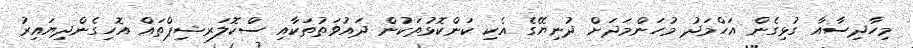
މިހާދިސާއާ ގުޅިގެން އަހްމަދު މުހަންމަދަށް ދުނިޔޭގެ އެކި ކަންކޮޅުތަކުން ދައުވަތުތަކާއި ސްކޮލަރޝިޕްތައް އޮހިގެންދިޔައިރު